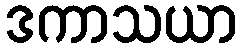
ဒကာသယာ